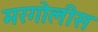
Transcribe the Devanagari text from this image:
मरगोलीस